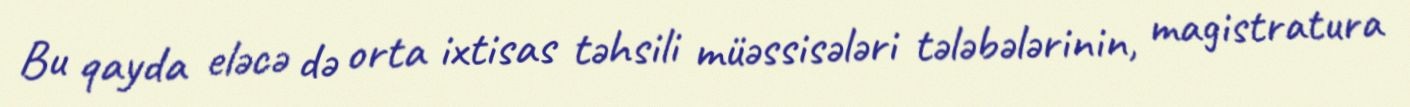
Bu qayda eləcə də orta ixtisas təhsili müəssisələri tələbələrinin, magistratura